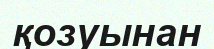
қозуынан